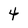
Character: 4